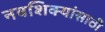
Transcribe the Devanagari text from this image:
नवशिक्यांसाठी